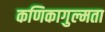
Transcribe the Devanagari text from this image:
कणिकागुल्मता